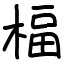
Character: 楅